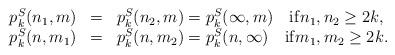
LaTeX: \begin{align*}\begin{array}{lll}p_k^S(n_1,m) &=& p_k^S(n_2,m) = p_k^S(\infty,m) \quad{\rm if}n_1,n_2\geq 2k,\\p_k^S(n,m_1) &=& p_k^S(n,m_2) = p_k^S(n,\infty) \quad{\rm if}m_1,m_2\geq 2k.\end{array}\end{align*}